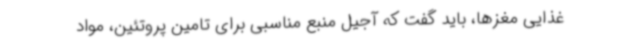
غذایی مغزها، باید گفت که آجیل منبع مناسبی برای تامین پروتئین، مواد